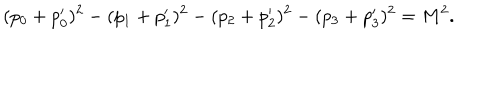
( p _ { 0 } + p _ { 0 } ^ { \prime } ) ^ { 2 } - ( p _ { 1 } + p _ { 1 } ^ { \prime } ) ^ { 2 } - ( p _ { 2 } + p _ { 2 } ^ { \prime } ) ^ { 2 } - ( p _ { 3 } + p _ { 3 } ^ { \prime } ) ^ { 2 } = M ^ { 2 } .